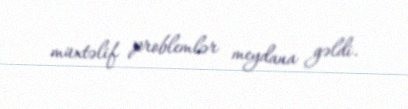
müxtəlif problemlər meydana gəldi.